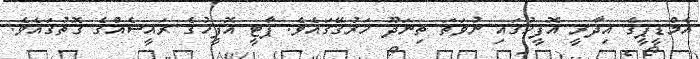
އެމްޑީޕީގެ އިދާރީ އޮފީހުގައި ނުވަތަ ތިނަދޫ ހަރުގޭގައެވެ. ޕާޓީ އޮފީހުގެ ރައީސެއްގެ ގޮތުގައެވެ.